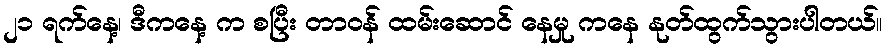
၂၁ ရက်နေ့၊ ဒီကနေ့ က စပြီး တာဝန် ထမ်းဆောင် နေမှု ကနေ နုတ်ထွက်သွားပါတယ်။